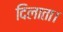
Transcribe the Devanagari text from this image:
दिलाता।